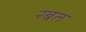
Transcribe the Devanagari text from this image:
रबत